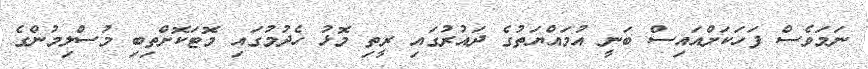
ނަަމަވެސް ފަހަކަށްއައިސް ބަނީ އުމައްޔަތުގެ ދައުރުގައި ރީތި މޮޅު ހެދުމުގައި މޮޓަކޮށްތިބި މުސްލިމުންގެ